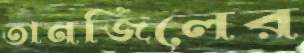
তানজিলের